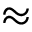
\approx